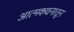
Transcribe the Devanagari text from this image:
आत्मकथनातून